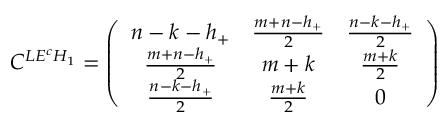
C ^ { L E ^ { c } H _ { 1 } } = \left( \begin{array} { c c c } { { n - k - h _ { + } } } & { { \frac { m + n - h _ { + } } { 2 } } } & { { \frac { n - k - h _ { + } } { 2 } } } \\ { { \frac { m + n - h _ { + } } { 2 } } } & { { m + k } } & { { \frac { m + k } { 2 } } } \\ { { \frac { n - k - h _ { + } } { 2 } } } & { { \frac { m + k } { 2 } } } & { { 0 } } \end{array} \right)